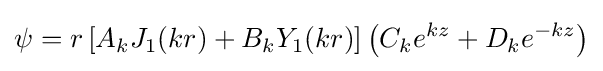
\psi =r\left[A_{k}J_{1}(kr)+B_{k}Y_{1}(kr)\right]\left(C_{k}e^{kz}+D_{k}e^{-kz}\right)